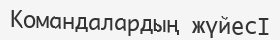
Командалардың жүйесӀ